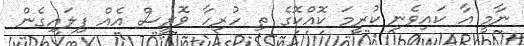
ނާމީ އާ ކައިވެނި ކުރީމަ ކޮއްކޮގެ ތި ހުރިހާ ވޮރީސް އެއް ފިލައިގެން